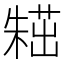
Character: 𣙸